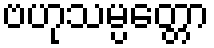
ဗဟုသမ္ပတ္တော